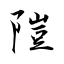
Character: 隑